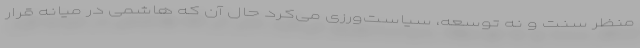
منظر سنت و نه توسعه، سیاست‌ورزی می‌کرد حال آن که هاشمی در میانه قرار